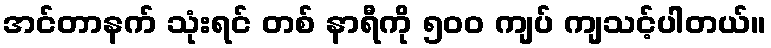
အင်တာနက် သုံးရင် တစ် နာရီကို ၅၀၀ ကျပ် ကျသင့်ပါတယ်။